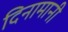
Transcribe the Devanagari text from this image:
दिनामानी